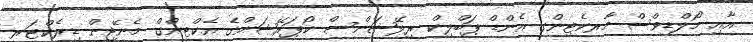
އާއި މޯލްޑިވްސް މާރކެޓިންގ އެންޑް ޕަބްލިކް ރިލޭޝަންސް ކޯޕަރޭޝަންގެ އެކްޓިންގް މެނޭޖިން ޑިރެކްޓަރ